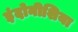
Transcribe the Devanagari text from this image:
इंदोनीशिया